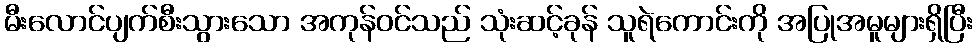
မီးလောင်ပျက်စီးသွားသော အကုန်ဝင်သည် သုံးဆင့်ခုန် သူရဲကောင်းကို အပြုအမူများရှိပြီး